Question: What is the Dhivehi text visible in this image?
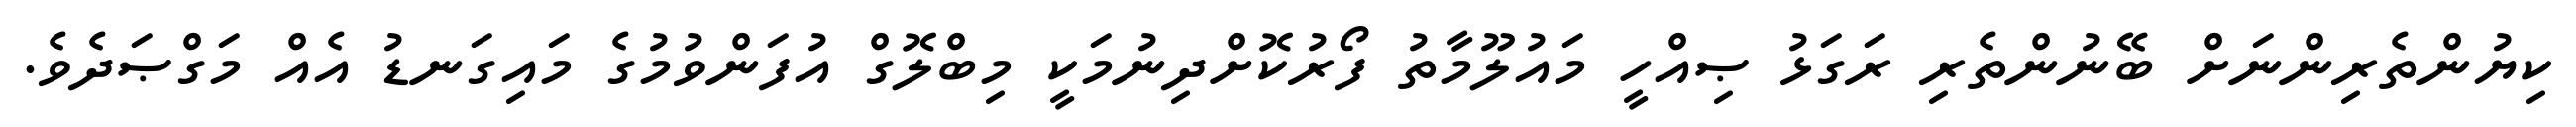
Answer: ކިޔުންތެރިންނަށް ބޭނުންތެރި ރަގަޅު ޞިއްހީ މައުލޫމާތު ފޯރުކޮށްދިނުމަކީ މިބްލޮގް އުފަންވުމުގެ މައިގަނޑު އެއް މަގްޞަދެވެ.